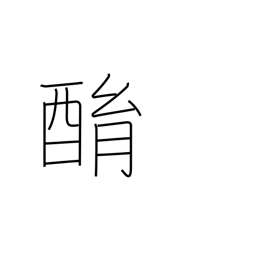
Meaning: drunken babbling